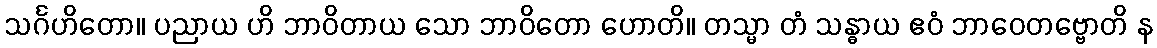
သင်္ဂဟိတော။ ပညာယ ဟိ ဘာဝိတာယ သော ဘာဝိတော ဟောတိ။ တသ္မာ တံ သန္ဓာယ ဧဝံ ဘာဝေတဗ္ဗောတိ န